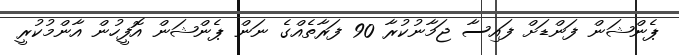
ޕެންޝަން ފަންޑަށް ފައިސާ ޖަމާނުކުރާ 90 ފަރާތެއްގެ ނަން ޕެންޝަން އޮފީހުން އާންމުކުރީ